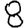
Digit: 8